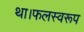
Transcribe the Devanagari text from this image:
था।फलस्वरूप